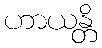
ဟာယန္တိ